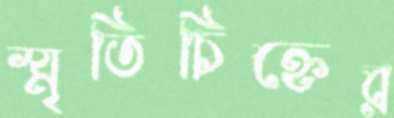
স্মৃতিচিহ্নের